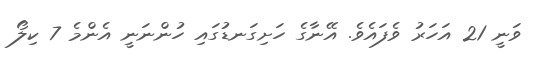
ވަނީ 21 އަހަރު ވެފައެވެ. އޭނާގެ ހަށިގަނޑުގައި ހުންނަނީ އެންމެ 7 ކިލޯ